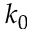
k _ { 0 }